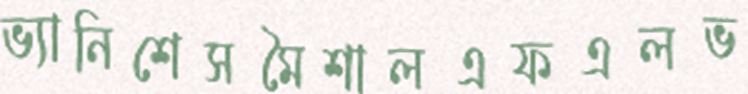
ভ্যানিশেসমৈশালএফএলভ